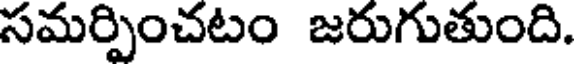
సమర్పించటం జరుగుతుంది.